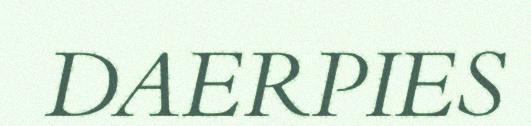
DAERPIES